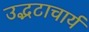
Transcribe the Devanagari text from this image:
उद्भटाचार्य